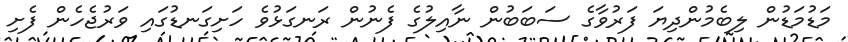
މަޑުމަޑުން ލިބެމުންދިޔަ ފަރުވާގެ ސަބަބުން ނާއިލުގެ ފެނުން ރަނގަޅުވެ ހަށިގަނޑުގައި ވަރުޖެހެން ފެށި